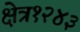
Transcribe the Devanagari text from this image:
क्षेत्र१२४३